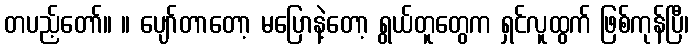
တပည့်တော်။ ။ ပျော်တာတော့ မပြောနဲ့တော့ ရွယ်တူတွေက ရှင်လူထွက် ဖြစ်ကုန်ပြီ၊